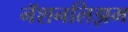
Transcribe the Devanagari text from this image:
नॅशनलिझम